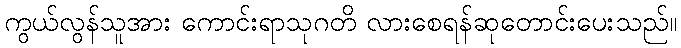
ကွယ်လွန်သူအား ကောင်းရာသုဂတိ လားစေရန်ဆုတောင်းပေးသည်။